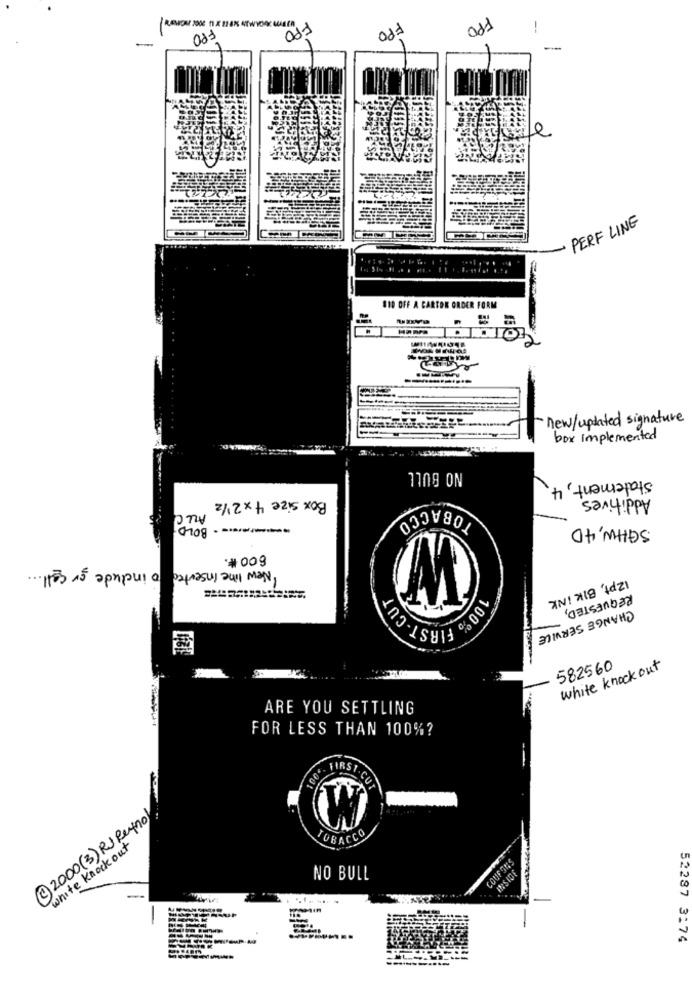
FPO
FPO
FFO
FO
-
PERF LINE
810 OFF A CARTON ORDER FORM
- new/updated signature
box implemented
NO BULL
Statement, 4
Additives
Box size 4 x 2 1/2
TOBACCO
ALLC
- ----- BOLD
SGHW, 40
600#.
New line inserted o include or call ...
FIRST-CUT
12pt, BIK INK
REQUESTED,
100 70
CHANGE SERVICE
582560
white knock out
ARE YOU SETTLING
FOR LESS THAN 100%?
FIRST-CUT
2 2000 (3) RJ Reyno
white Knock out
TOBACCO
NO BULL
--
52287 3174